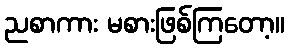
ညစာကား မစားဖြစ်ကြတော့။